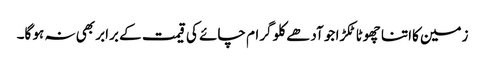
زمین کااتنا چھوٹا ٹکڑا جو آدھے کلو گرام چائے کی قیمت کے برابر بھی نہ ہو گا۔